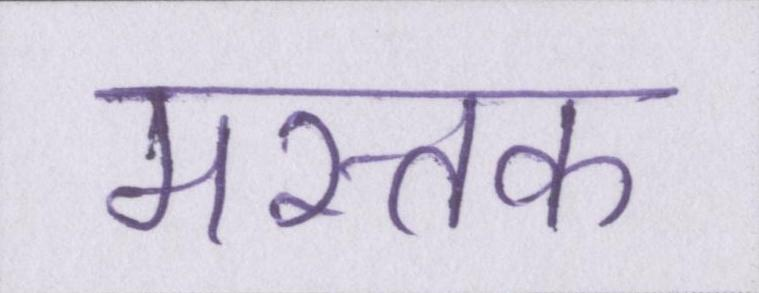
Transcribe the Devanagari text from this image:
मस्तक